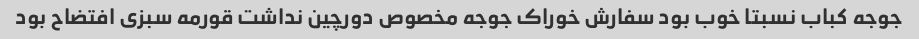
جوجه کباب نسبتا خوب بود سفارش خوراک جوجه مخصوص دورچین نداشت قورمه سبزی افتضاح بود